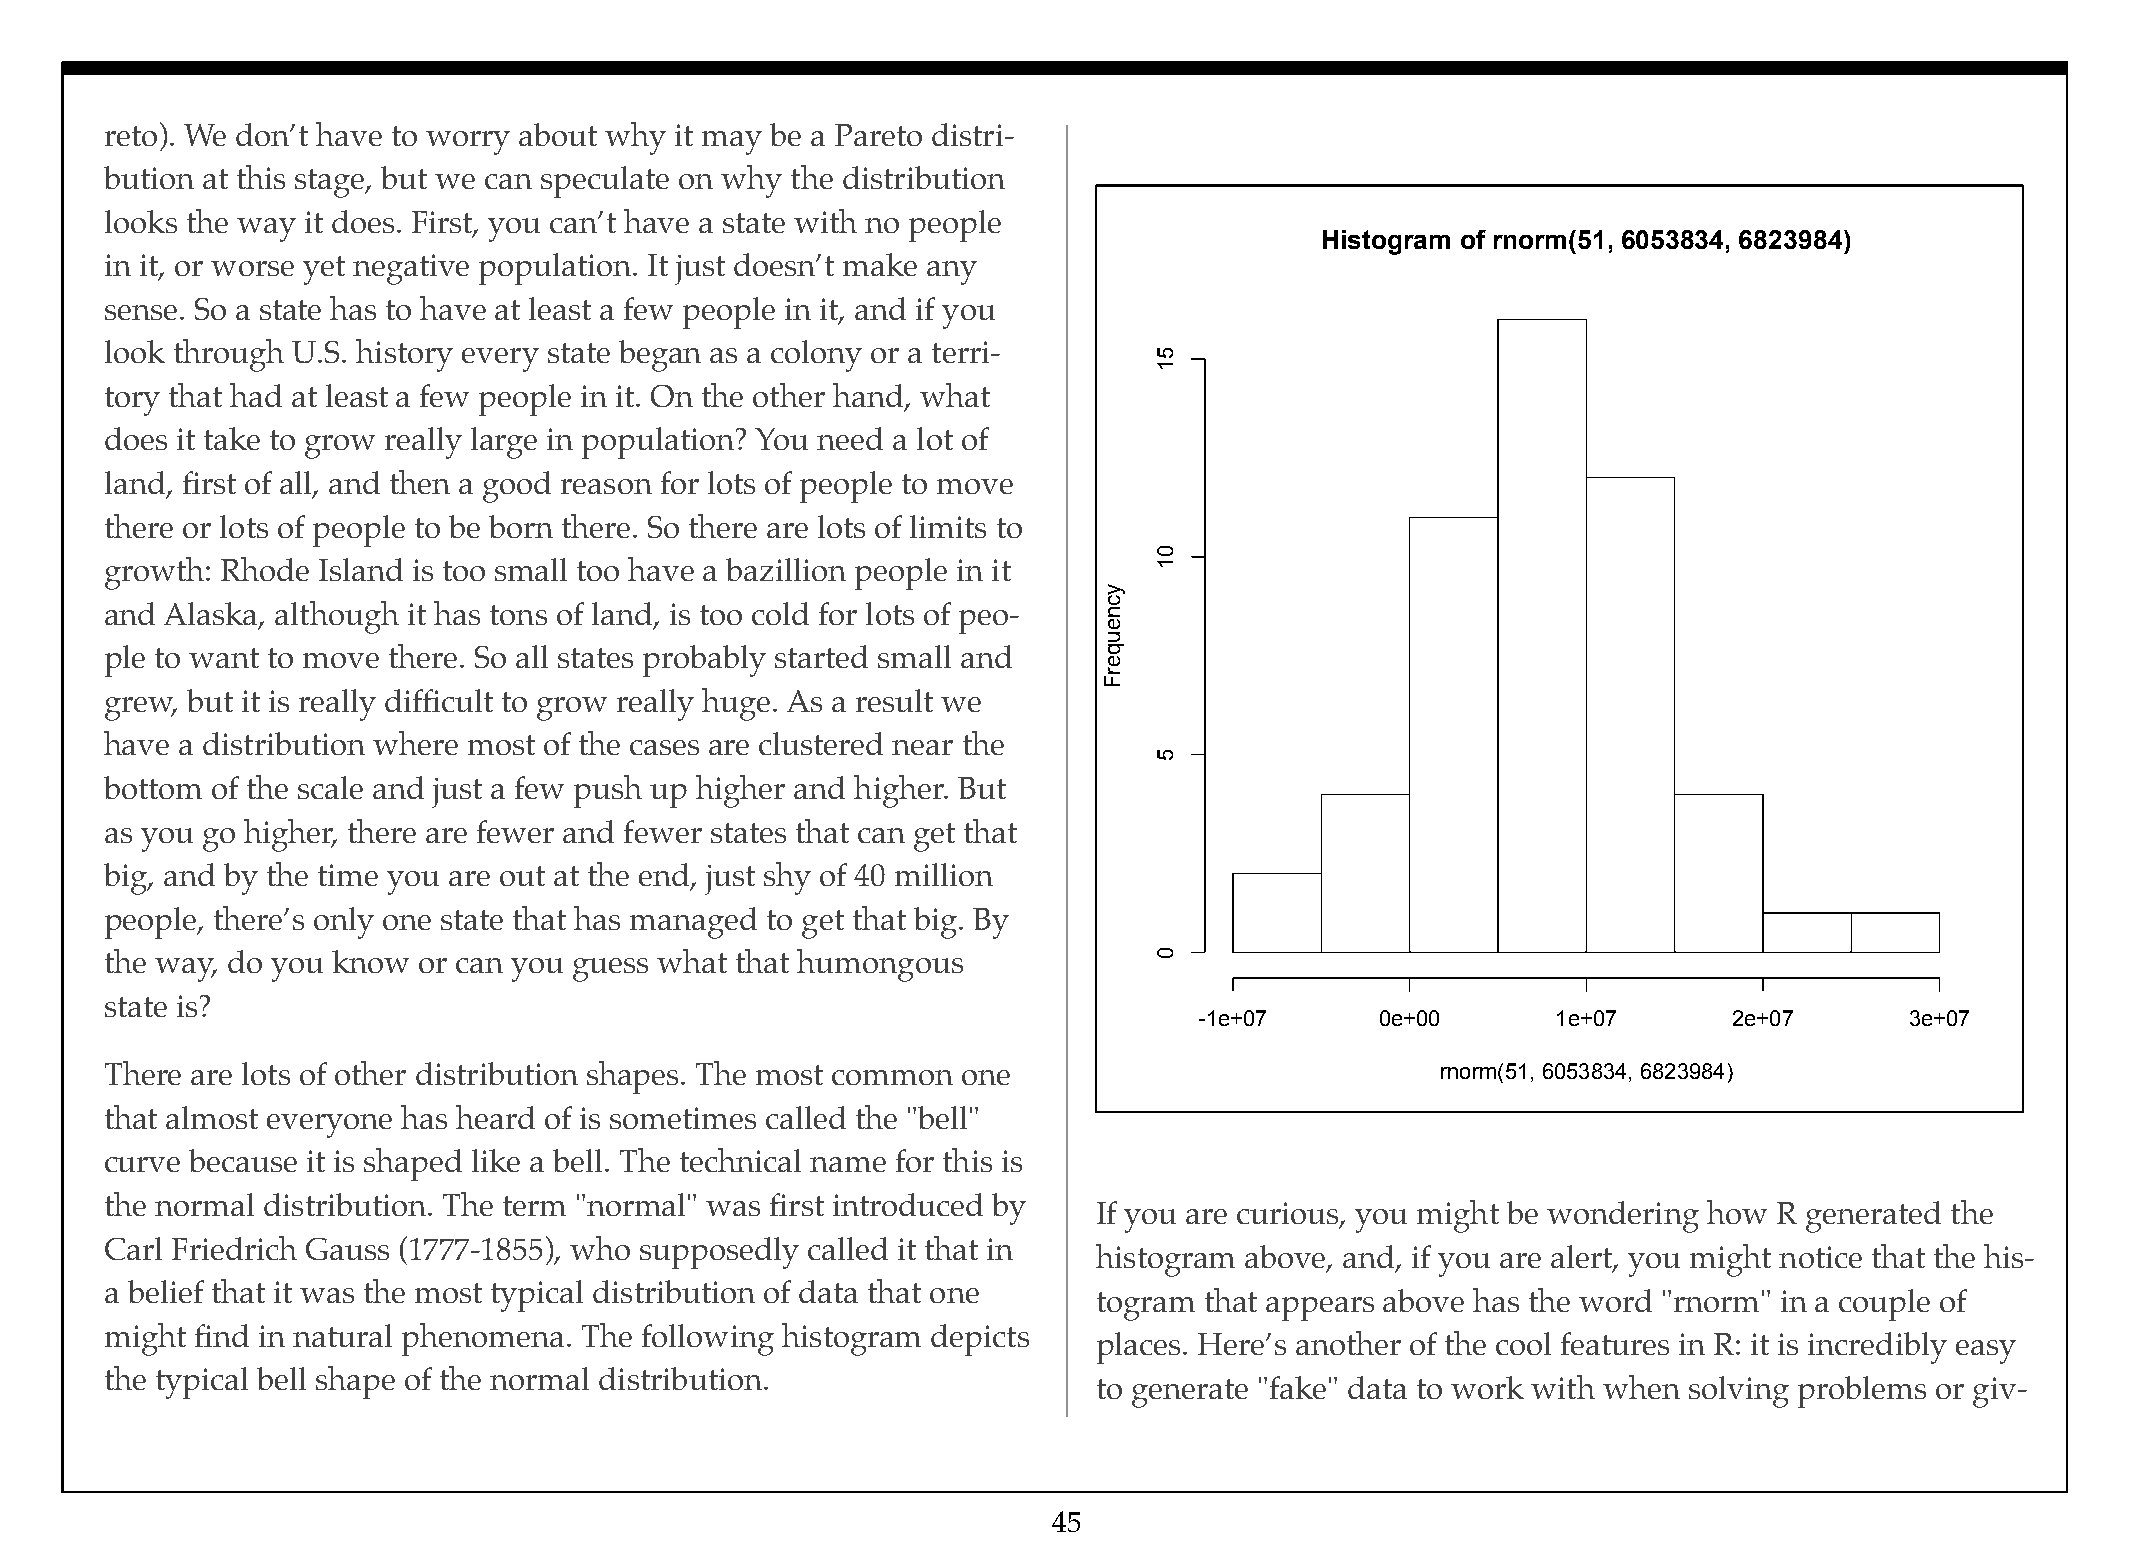
reto). We don’t have to worry about why it may be a Pareto distri-
 bution at this stage, but we can speculate on why the distribution
 looks the way it does. First, you can’t have a state with no people
 Histogram of rnorm(51, 6053834, 6823984)
 in it, or worse yet negative population. It just doesn’t make any
 sense. So a state has to have at least a few people in it, and if you
 look through U.S. history every state began as a colony or a terri-
 tory that had at least a few people in it. On the other hand, what
 does it take to grow really large in population? You need a lot of
 land, first of all, and then a good reason for lots of people to move
 there or lots of people to be born there. So there are lots of limits to
 growth: Rhode Island is too small too have a bazillion people in it
 and Alaska, although it has tons of land, is too cold for lots of peo-
 ple to want to move there. So all states probably started small and
 grew, but it is really difficult to grow really huge. As a result we
 have a distribution where most of the cases are clustered near the
 bottom of the scale and just a few push up higher and higher. But
 as you go higher, there are fewer and fewer states that can get that
 big, and by the time you are out at the end, just shy of 40 million
 people, there’s only one state that has managed to get that big. By
 the way, do you know or can you guess what that humongous
 state is?
 -1e+07      0e+00       1e+07       2e+07      3e+07
 There are lots of other distribution shapes. The most common one                        rnorm(51, 6053834, 6823984)
 that almost everyone has heard of is sometimes called the "bell"
 curve because it is shaped like a bell. The technical name for this is
 the normal distribution. The term "normal" was first introduced by
 If you are curious, you might be wondering how R generated the
 Carl Friedrich Gauss (1777-1855), who supposedly called it that in
 histogram above, and, if you are alert, you might notice that the his-
 a belief that it was the most typical distribution of data that one
 togram that appears above has the word "rnorm" in a couple of
 might find in natural phenomena. The following histogram depicts
 places. Here’s another of the cool features in R: it is incredibly easy
 the typical bell shape of the normal distribution.
 to generate "fake" data to work with when solving problems or giv-
 45
 ycneuqerF
 51
 01
 5
 0